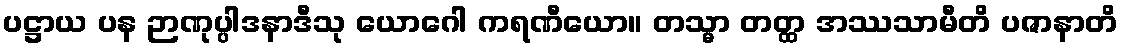
ပဋ္ဌာယ ပန ဉာဏုပ္ပါဒနာဒီသု ယောဂေါ ကရဏီယော။ တသ္မာ တတ္ထ အဿသာမီတိ ပဇာနာတိ